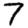
Digit: 7